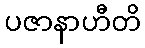
ပဇာနာဟီတိ